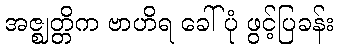
အဇ္ဈတ္တိက ဗာဟိရ ခေါ်ပုံ ဖွင့်ပြခန်း